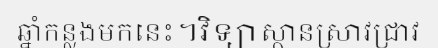
ឆ្នាំកន្លងមកនេះ។វិទ្យាស្ថានស្រាវជ្រាវ